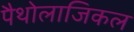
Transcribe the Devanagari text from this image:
पैथोलाजिकल